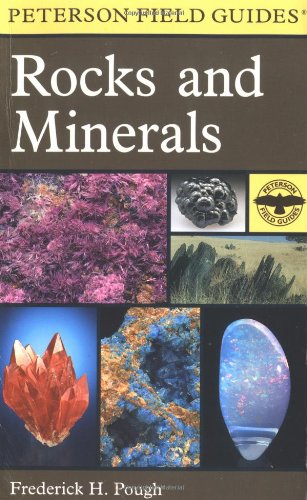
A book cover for A Field Guide to Rocks and Minerals (Peterson Field Guides); Frederick H. Pough; Science & Math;